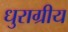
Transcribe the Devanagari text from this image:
धुराग्रीय